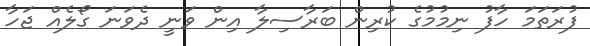
ފުރަތަމަ ހާފު ނިމުމުގެ ކުރިން ބަރާސިލާ އިން ވަނީ ދެވަނަ ގޯލެއް ޖަހާ